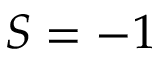
S = - 1